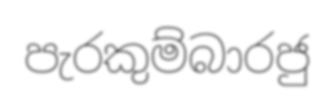
පැරකුම්බාරජු